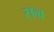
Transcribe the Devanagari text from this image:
सव्व